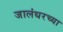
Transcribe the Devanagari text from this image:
जालंधरच्या